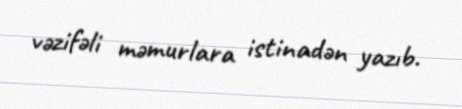
vəzifəli məmurlara istinadən yazıb.